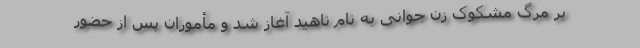
بر مرگ مشکوک زن جوانی به ‌نام ناهید آغاز شد و مأموران پس‌ از حضور